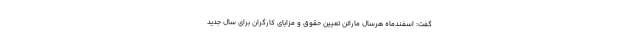
گفت: اسفندماه هرسال ماراتن تعیین حقوق و مزایای کارگران برای سال جدید